Rae_vallavalitsus, lk 14
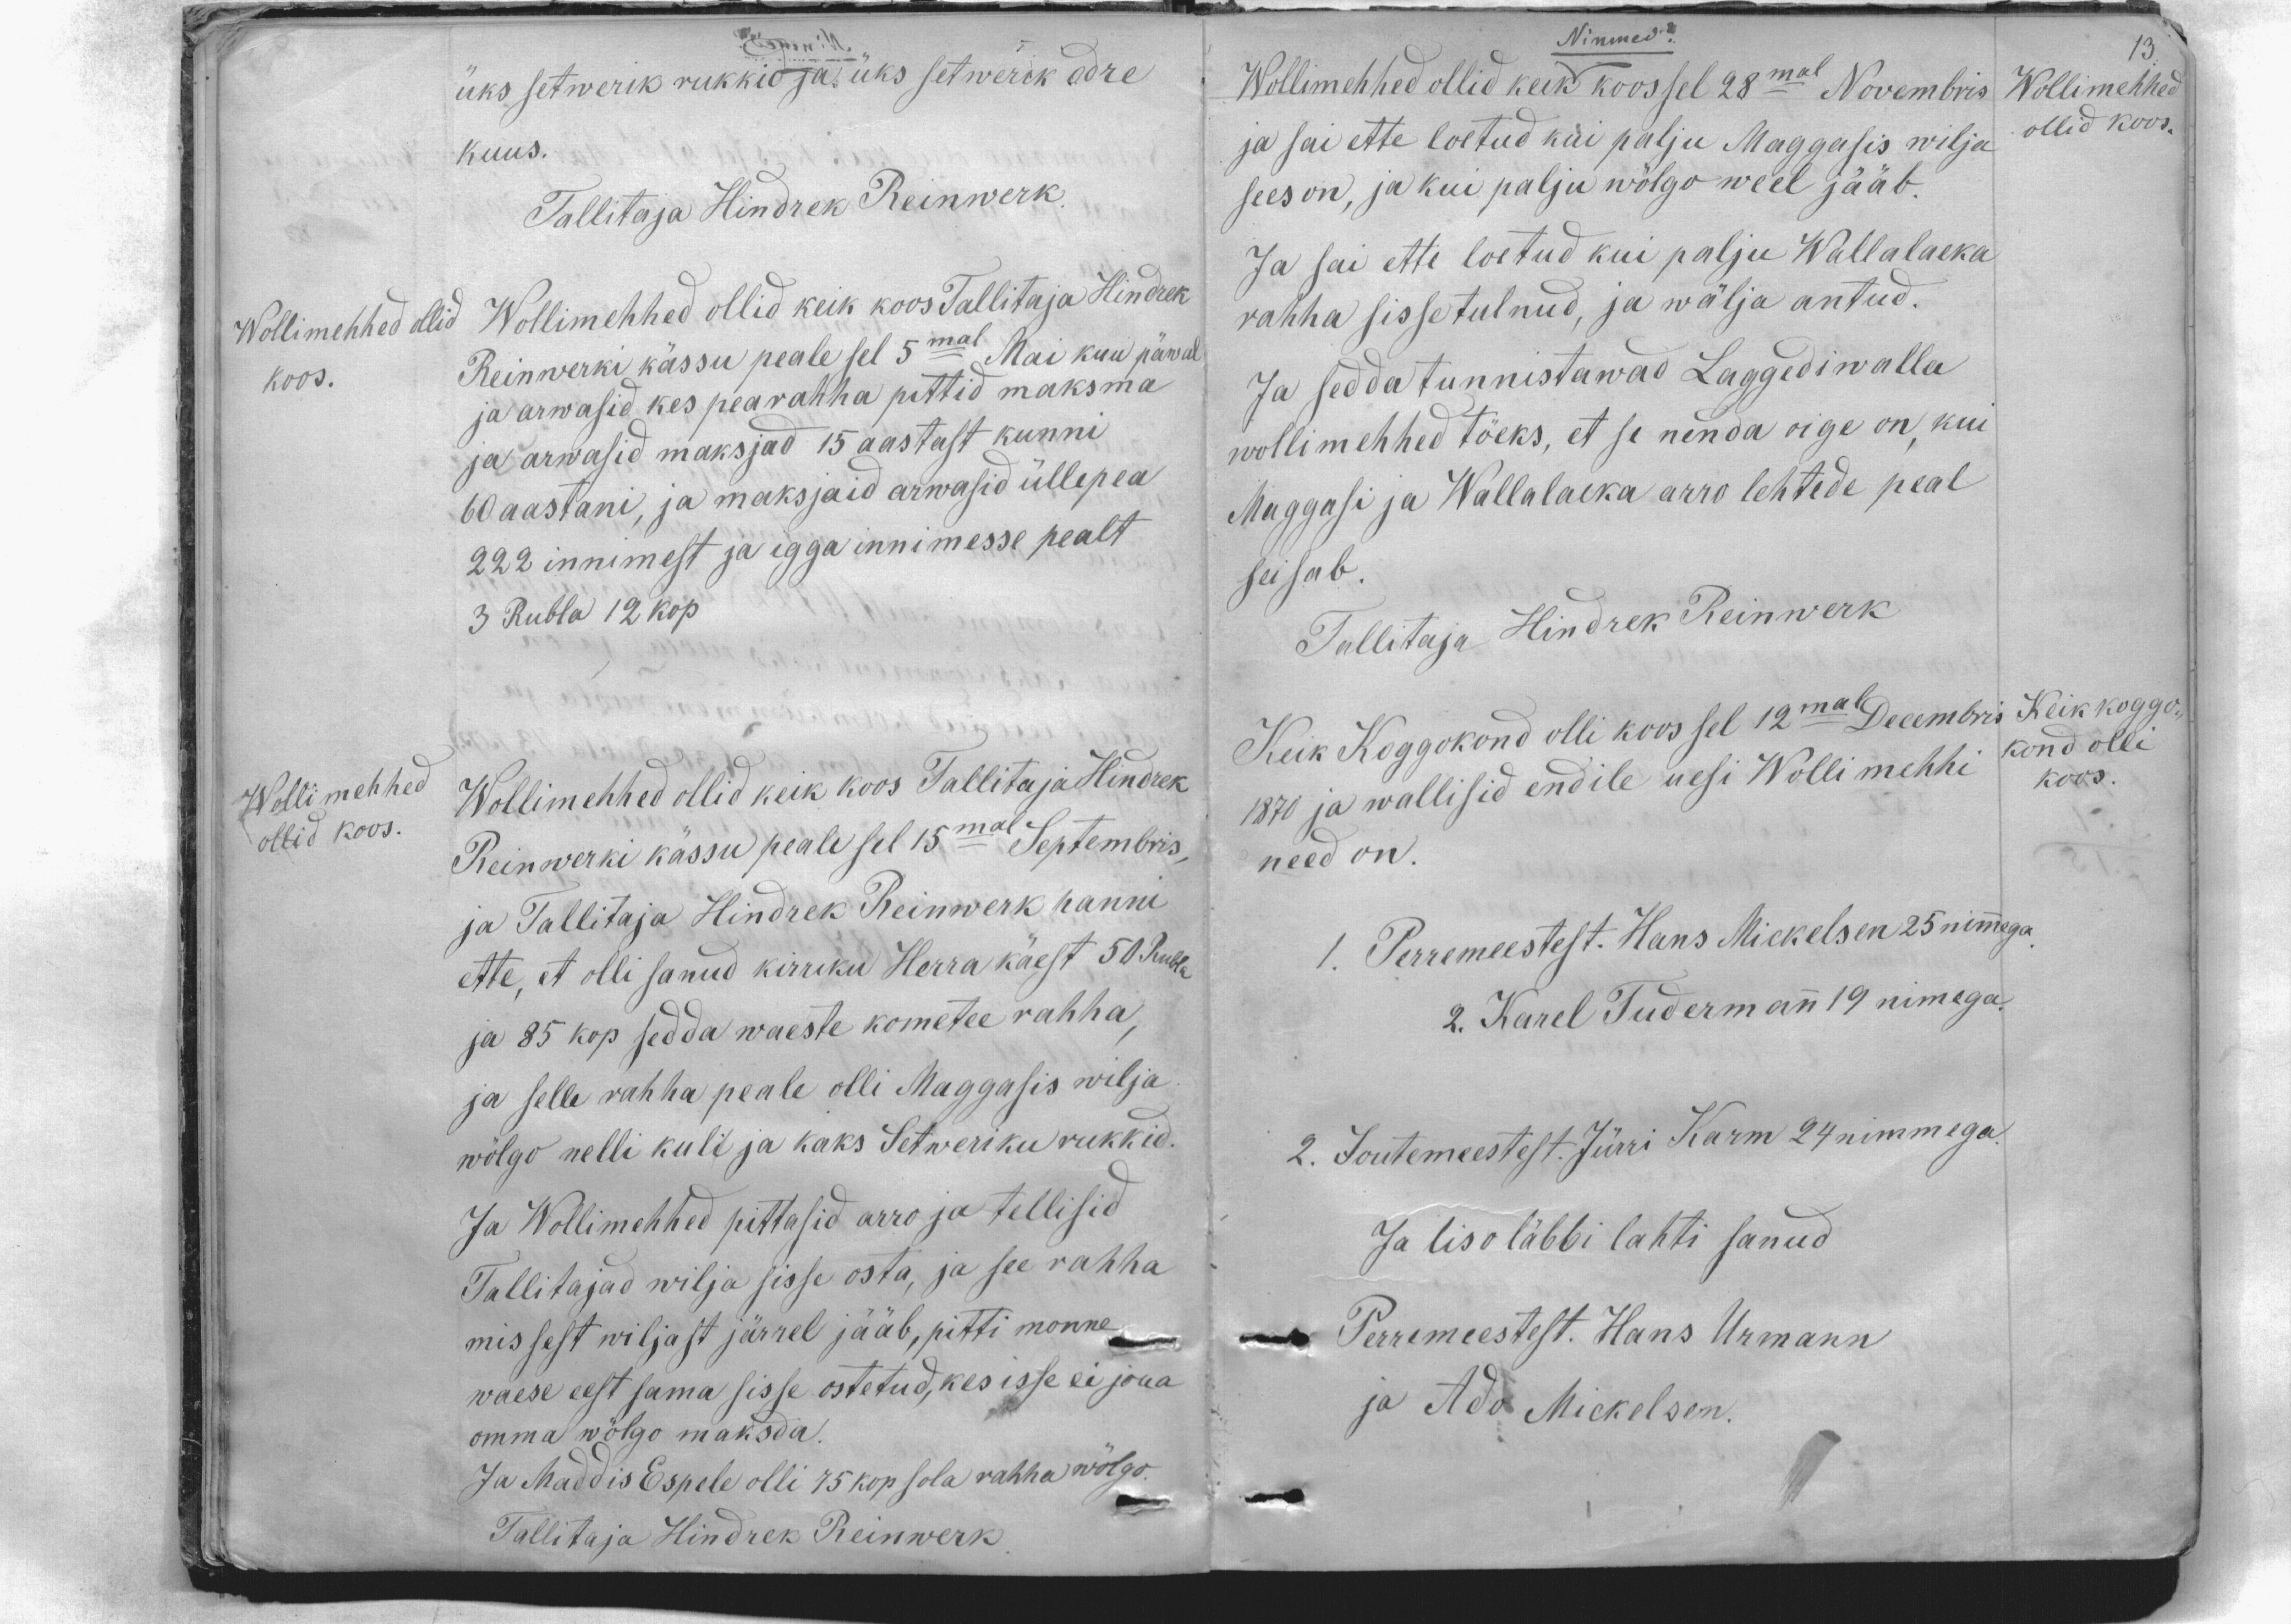
üks setwerik rukkid ja üks setwerik odre
kuus.
Tallitaja Hindrek Reinwerk.
Wollimehhed ollid
koos.
Wollimehhed ollid keik koos Tallitaja Hindrek
Reinwerki kässu peale sel 5mal Mai kuu päwal
ja arwasid kes pearahha pittid maksma
ja arwasid maksjad 15 aastast kunni
60 aastani, ja maksjaid arwasid üllepea
222 innimest ja igga innimesse pealt
3 Rubla 12 kop
Wollimehhed
ollid koos.
Wollimehhed ollid keik koos Tallitaja Hindrek
Reinwerki kässu peale sel 15mal Septembris,
ja Tallitaja Hindrek Reinwerk panni
ette, et olli sanud kirriku Herra käest 50 Rubla
ja 85 kop sedda waeste kometee rahha,
ja selle rahha peale olli Maggasis wilja
wõlgo nelli kuli ja kaks Setweriku rukkid.
Ja Wollimehhed pittasid arro ja tellisid
Tallitajad wilja sisse osta, ja see rahha
mis sest wiljast järrel jääb, pitti monne
waese eest sama sisse ostetud, kes isse ei joua
omma wõlgo maksda.
Ja Maddis Espele olli 75 kop sola rahha wõlgo.
Tallitaja Hindrek Reinwerk

13.
Nimmed?
Wollimehhed ollid keik koos sel 28mal Novembris
Wollimehhed
ollid koos.
ja sai ette loetud kui palju Maggasis wilja
sees on, ja kui palju wõlgo weel jääb.
Ja sai ette loetud kui palju Wallalaeka
rahha sisse tulnud, ja wälja antud.
Ja sedda tunnistawad Lagedi walla
wollimehhed tõeks, et se nenda oige on, kui
Maggasi ja Wallalaeka arro lehtede peal
seisab.
Tallitaja Hindrek Reinwerk
Keik Koggokond olli koos sel 12mal Decembris
1870 ja wallisid endile uesi Wolli mehhi
need on.
Keik koggo-
kond olli
koos.
1. Perremeestest. Hans Mickelsen 25 nimmega.
2. Karel Tudermann 19 nimega.
2. Joutemeestest. Jürri Karm 24 nimmega.
Ja liso läbbi lahti sanud
Perremeestest. Hans Urmann
ja Ado Mickelsen.